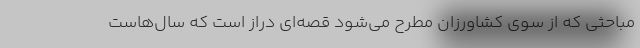
مباحثی که از سوی کشاورزان مطرح می‌شود قصه‌ای دراز است که سال‌هاست